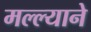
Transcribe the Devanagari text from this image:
मल्ल्याने